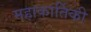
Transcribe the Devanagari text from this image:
महाकार्तिकी